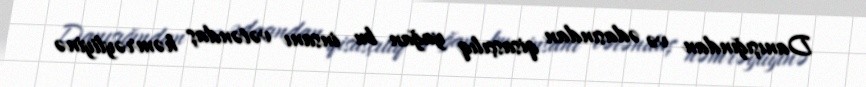
Danışığından və ədasından qisasçılıq yağan bu insanı vətəndaş həmrəyliyinə